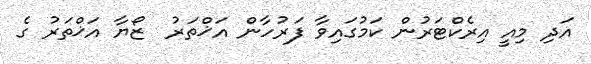
އަދި މިއީ އިރެކްޓަރުން ކަމުގައިވާ ފަރުހާން އަޚްތަރު  ޒޯޔާ އަޚްތަރު ގެ